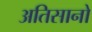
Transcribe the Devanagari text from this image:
अतिसानो